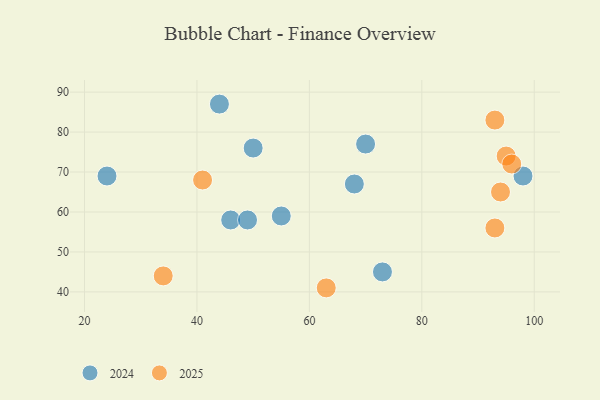
{"axis": {"x": "GDP", "y": "Life Expectancy"}, "legend": ["2024", "2025"], "data": [{"x": "55", "y": 59, "type": "2024"}, {"x": "46", "y": 58, "type": "2024"}, {"x": "73", "y": 45, "type": "2024"}, {"x": "24", "y": 69, "type": "2024"}, {"x": "68", "y": 67, "type": "2024"}, {"x": "50", "y": 76, "type": "2024"}, {"x": "44", "y": 87, "type": "2024"}, {"x": "70", "y": 77, "type": "2024"}, {"x": "49", "y": 58, "type": "2024"}, {"x": "98", "y": 69, "type": "2024"}, {"x": "95", "y": 74, "type": "2025"}, {"x": "93", "y": 56, "type": "2025"}, {"x": "94", "y": 65, "type": "2025"}, {"x": "63", "y": 41, "type": "2025"}, {"x": "93", "y": 83, "type": "2025"}, {"x": "34", "y": 44, "type": "2025"}, {"x": "41", "y": 68, "type": "2025"}, {"x": "96", "y": 72, "type": "2025"}]}